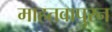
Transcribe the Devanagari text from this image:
माहतवापुरन